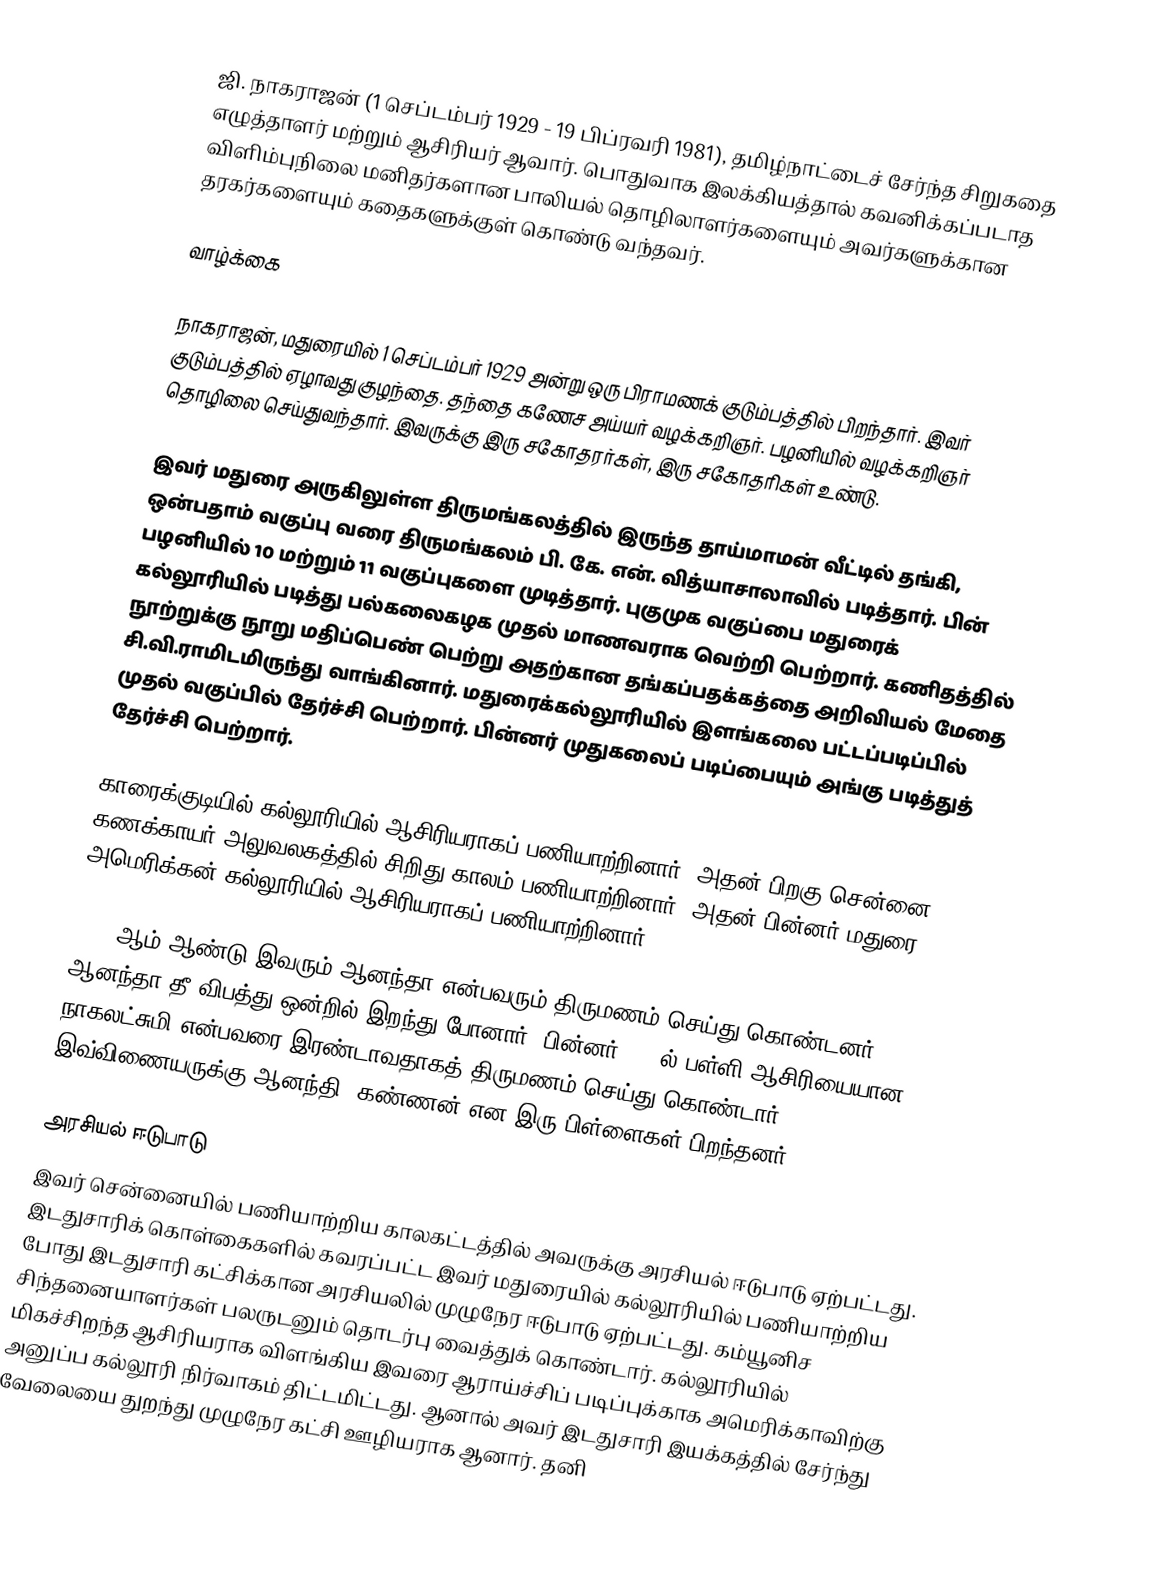
ஜி. நாகராஜன் (1 செப்டம்பர் 1929  - 19 பிப்ரவரி 1981),  தமிழ்நாட்டைச் சேர்ந்த சிறுகதை எழுத்தாளர் மற்றும் ஆசிரியர் ஆவார். பொதுவாக இலக்கியத்தால் கவனிக்கப்படாத விளிம்புநிலை மனிதர்களான பாலியல் தொழிலாளர்களையும் அவர்களுக்கான தரகர்களையும் கதைகளுக்குள் கொண்டு வந்தவர்.

வாழ்க்கை

நாகராஜன், மதுரையில் 1 செப்டம்பர் 1929 அன்று ஒரு பிராமணக் குடும்பத்தில் பிறந்தார். இவர் குடும்பத்தில் ஏழாவது குழந்தை. தந்தை கணேச அய்யர் வழக்கறிஞர். பழனியில் வழக்கறிஞர் தொழிலை செய்துவந்தார். இவருக்கு இரு சகோதரர்கள், இரு சகோதரிகள் உண்டு.

இவர் மதுரை அருகிலுள்ள திருமங்கலத்தில் இருந்த தாய்மாமன் வீட்டில் தங்கி, ஒன்பதாம் வகுப்பு வரை திருமங்கலம் பி. கே. என். வித்யாசாலாவில் படித்தார். பின் பழனியில் 10 மற்றும் 11 வகுப்புகளை முடித்தார். புகுமுக வகுப்பை மதுரைக் கல்லூரியில் படித்து பல்கலைகழக முதல் மாணவராக வெற்றி பெற்றார். கணிதத்தில் நூற்றுக்கு நூறு மதிப்பெண் பெற்று அதற்கான தங்கப்பதக்கத்தை அறிவியல் மேதை சி.வி.ராமிடமிருந்து வாங்கினார். மதுரைக்கல்லூரியில் இளங்கலை பட்டப்படிப்பில் முதல் வகுப்பில் தேர்ச்சி பெற்றார். பின்னர் முதுகலைப் படிப்பையும் அங்கு படித்துத் தேர்ச்சி பெற்றார்.

காரைக்குடியில் கல்லூரியில் ஆசிரியராகப் பணியாற்றினார். அதன் பிறகு சென்னை கணக்காயர் அலுவலகத்தில் சிறிது காலம் பணியாற்றினார். அதன் பின்னர் மதுரை அமெரிக்கன் கல்லூரியில் ஆசிரியராகப் பணியாற்றினார்.

1959 ஆம் ஆண்டு இவரும் ஆனந்தா என்பவரும் திருமணம் செய்து கொண்டனர் . ஆனந்தா தீ விபத்து ஒன்றில் இறந்து போனார். பின்னர் 1962ல் பள்ளி ஆசிரியையான நாகலட்சுமி என்பவரை இரண்டாவதாகத் திருமணம் செய்து கொண்டார். இவ்விணையருக்கு ஆனந்தி, கண்ணன் என இரு பிள்ளைகள் பிறந்தனர்.

அரசியல் ஈடுபாடு
இவர் சென்னையில் பணியாற்றிய காலகட்டத்தில் அவருக்கு அரசியல் ஈடுபாடு ஏற்பட்டது. இடதுசாரிக் கொள்கைகளில் கவரப்பட்ட இவர் மதுரையில் கல்லூரியில் பணியாற்றிய போது இடதுசாரி கட்சிக்கான அரசியலில் முழுநேர ஈடுபாடு ஏற்பட்டது. கம்யூனிச சிந்தனையாளர்கள் பலருடனும் தொடர்பு வைத்துக் கொண்டார். கல்லூரியில் மிகச்சிறந்த ஆசிரியராக விளங்கிய இவரை ஆராய்ச்சிப் படிப்புக்காக அமெரிக்காவிற்கு அனுப்ப கல்லூரி நிர்வாகம் திட்டமிட்டது. ஆனால் அவர் இடதுசாரி இயக்கத்தில் சேர்ந்து வேலையை துறந்து முழுநேர கட்சி ஊழியராக ஆனார். தனி